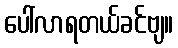
ပေါ်လာရတယ်ခင်ဗျ။